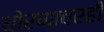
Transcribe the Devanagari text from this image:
धोरणावरही